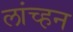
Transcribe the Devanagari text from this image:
लांच्हन